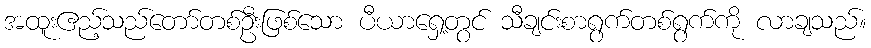
အထူးဧည့်သည်တော်တစ်ဦးဖြစ်သော ပီယာရှေ့တွင် သီချင်းစာရွက်တစ်ရွက်ကို လာချသည်။